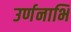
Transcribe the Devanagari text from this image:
उर्णनाभि